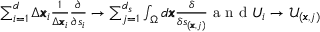
\begin{array} { r } { \sum _ { i = 1 } ^ { d } \Delta \pmb { x } _ { i } \frac { 1 } { \Delta \pmb { x } _ { i } } \frac { \partial } { \partial \mathscr { s } _ { i } } \rightarrow \sum _ { j = 1 } ^ { d _ { s } } \int _ { \Omega } d \pmb { x } \frac { \delta } { \delta \mathscr { s } _ { ( \pmb { x } , j ) } } \mathrm { ~ a ~ n ~ d ~ } U _ { i } \rightarrow \mathcal { U } _ { ( \pmb { x } , j ) } } \end{array}